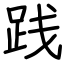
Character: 践